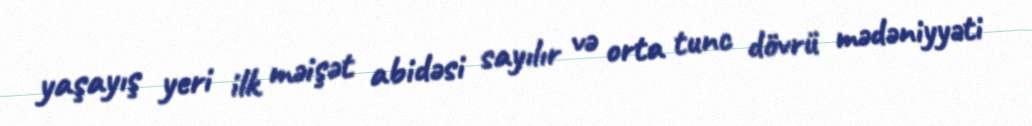
yaşayış yeri ilk məişət abidəsi sayılır və orta tunc dövrü mədəniyyəti